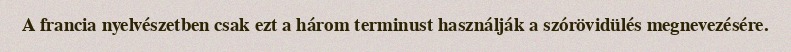
A francia nyelvészetben csak ezt a három terminust használják a szórövidülés megnevezésére.